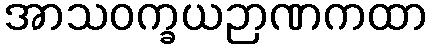
အာသဝက္ခယဉာဏကထာ